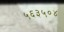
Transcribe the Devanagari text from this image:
५६३५०४